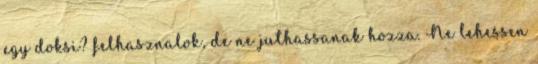
egy doksi? felhasznalok, de ne juthassanak hozza. Ne lehessen